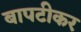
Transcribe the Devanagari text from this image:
बापटीकर